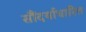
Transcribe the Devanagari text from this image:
सौंदर्याधारित